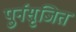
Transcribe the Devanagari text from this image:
पुर्नसृजित